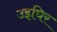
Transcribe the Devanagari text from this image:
उइघिर